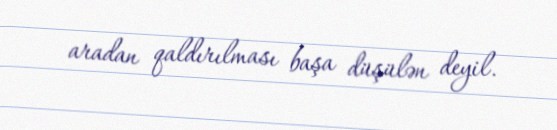
aradan qaldırılması başa düşülən deyil.